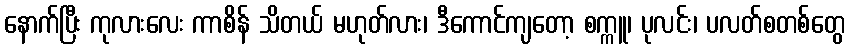
နောက်ပြီး ကုလားလေး ကာစိန် သိတယ် မဟုတ်လား၊ ဒီကောင်ကျတော့ စက္ကူ၊ ပုလင်း၊ ပလတ်စတစ်တွေ